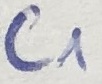
Text: C1